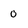
Character: o